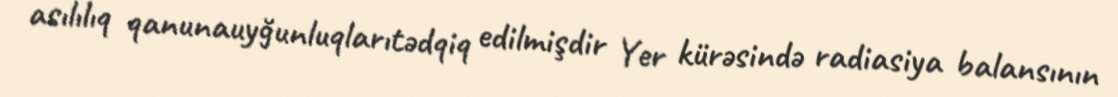
asılılıq qanunauyğunluqlarıtədqiq edilmişdir Yer kürəsində radiasiya balansının